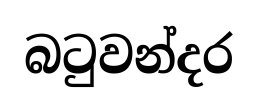
බටුවන්දර